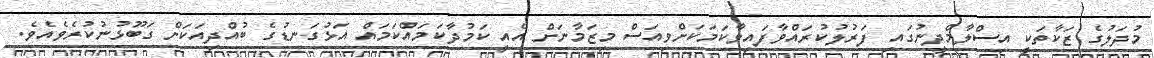
މުދަލުގެ ޒަކާތަކީ އިސްލާމްދީނުގައި ފަރުލުކުރައްވާފައިވާކަމަކަށްވިއަސް މިޒަމާނަށް އެއީ ކަމުދާކަމައްކަމައް އަޅުގަނޑުގެ ބުއްދިއަކަށް ގަބޫޅުނުކުރެވެއެވެ.